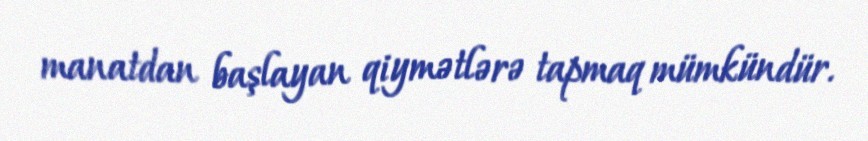
manatdan başlayan qiymətlərə tapmaq mümkündür.